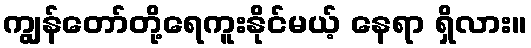
ကျွန်တော်တို့ရေကူးနိုင်မယ့် နေရာ ရှိလား။